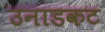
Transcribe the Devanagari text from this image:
उनाडकट